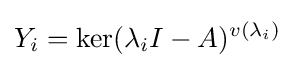
Y_{i}=\ker(\lambda _{i}I-A)^{v(\lambda _{i})}